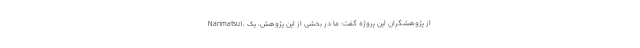
Narimatsu)، از پژوهشگران این پروژه گفت: ما در بخشی از این پژوهش، یک